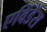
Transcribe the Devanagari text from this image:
एविंडेंस